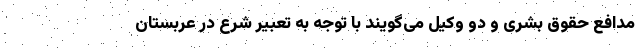
مدافع حقوق بشری و دو وکیل می‌گویند با توجه به تعبیر شرع در عربستان